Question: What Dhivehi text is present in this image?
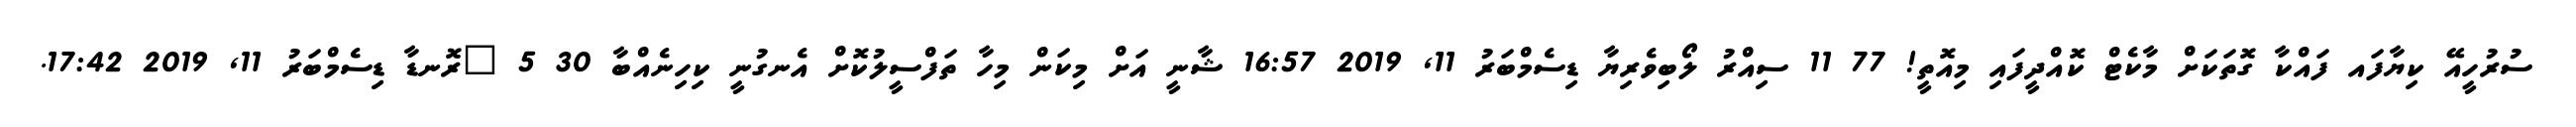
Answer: ސުރުހީއޭ ކިޔާފައ ފައްކާ ގޮތަކަށް މާކެޓް ކޮއްދީފައި މިއޮތީ! 77 11 ސިއްރު ލޯބިވެރިޔާ ޑިސެމްބަރު 11, 2019 16:57 ޝާނީ އަށް މިކަން މިހާ ތަފްސީލުކޮށް އެނގުނީ ކިހިނެއްބާ 30 5 ?ރޮނޑާ ޑިސެމްބަރު 11, 2019 17:42.